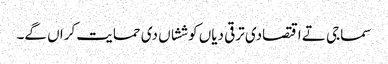
سماجی تے اقتصادی ترقی دیاں کوششاں دی حمایت کراں گے۔